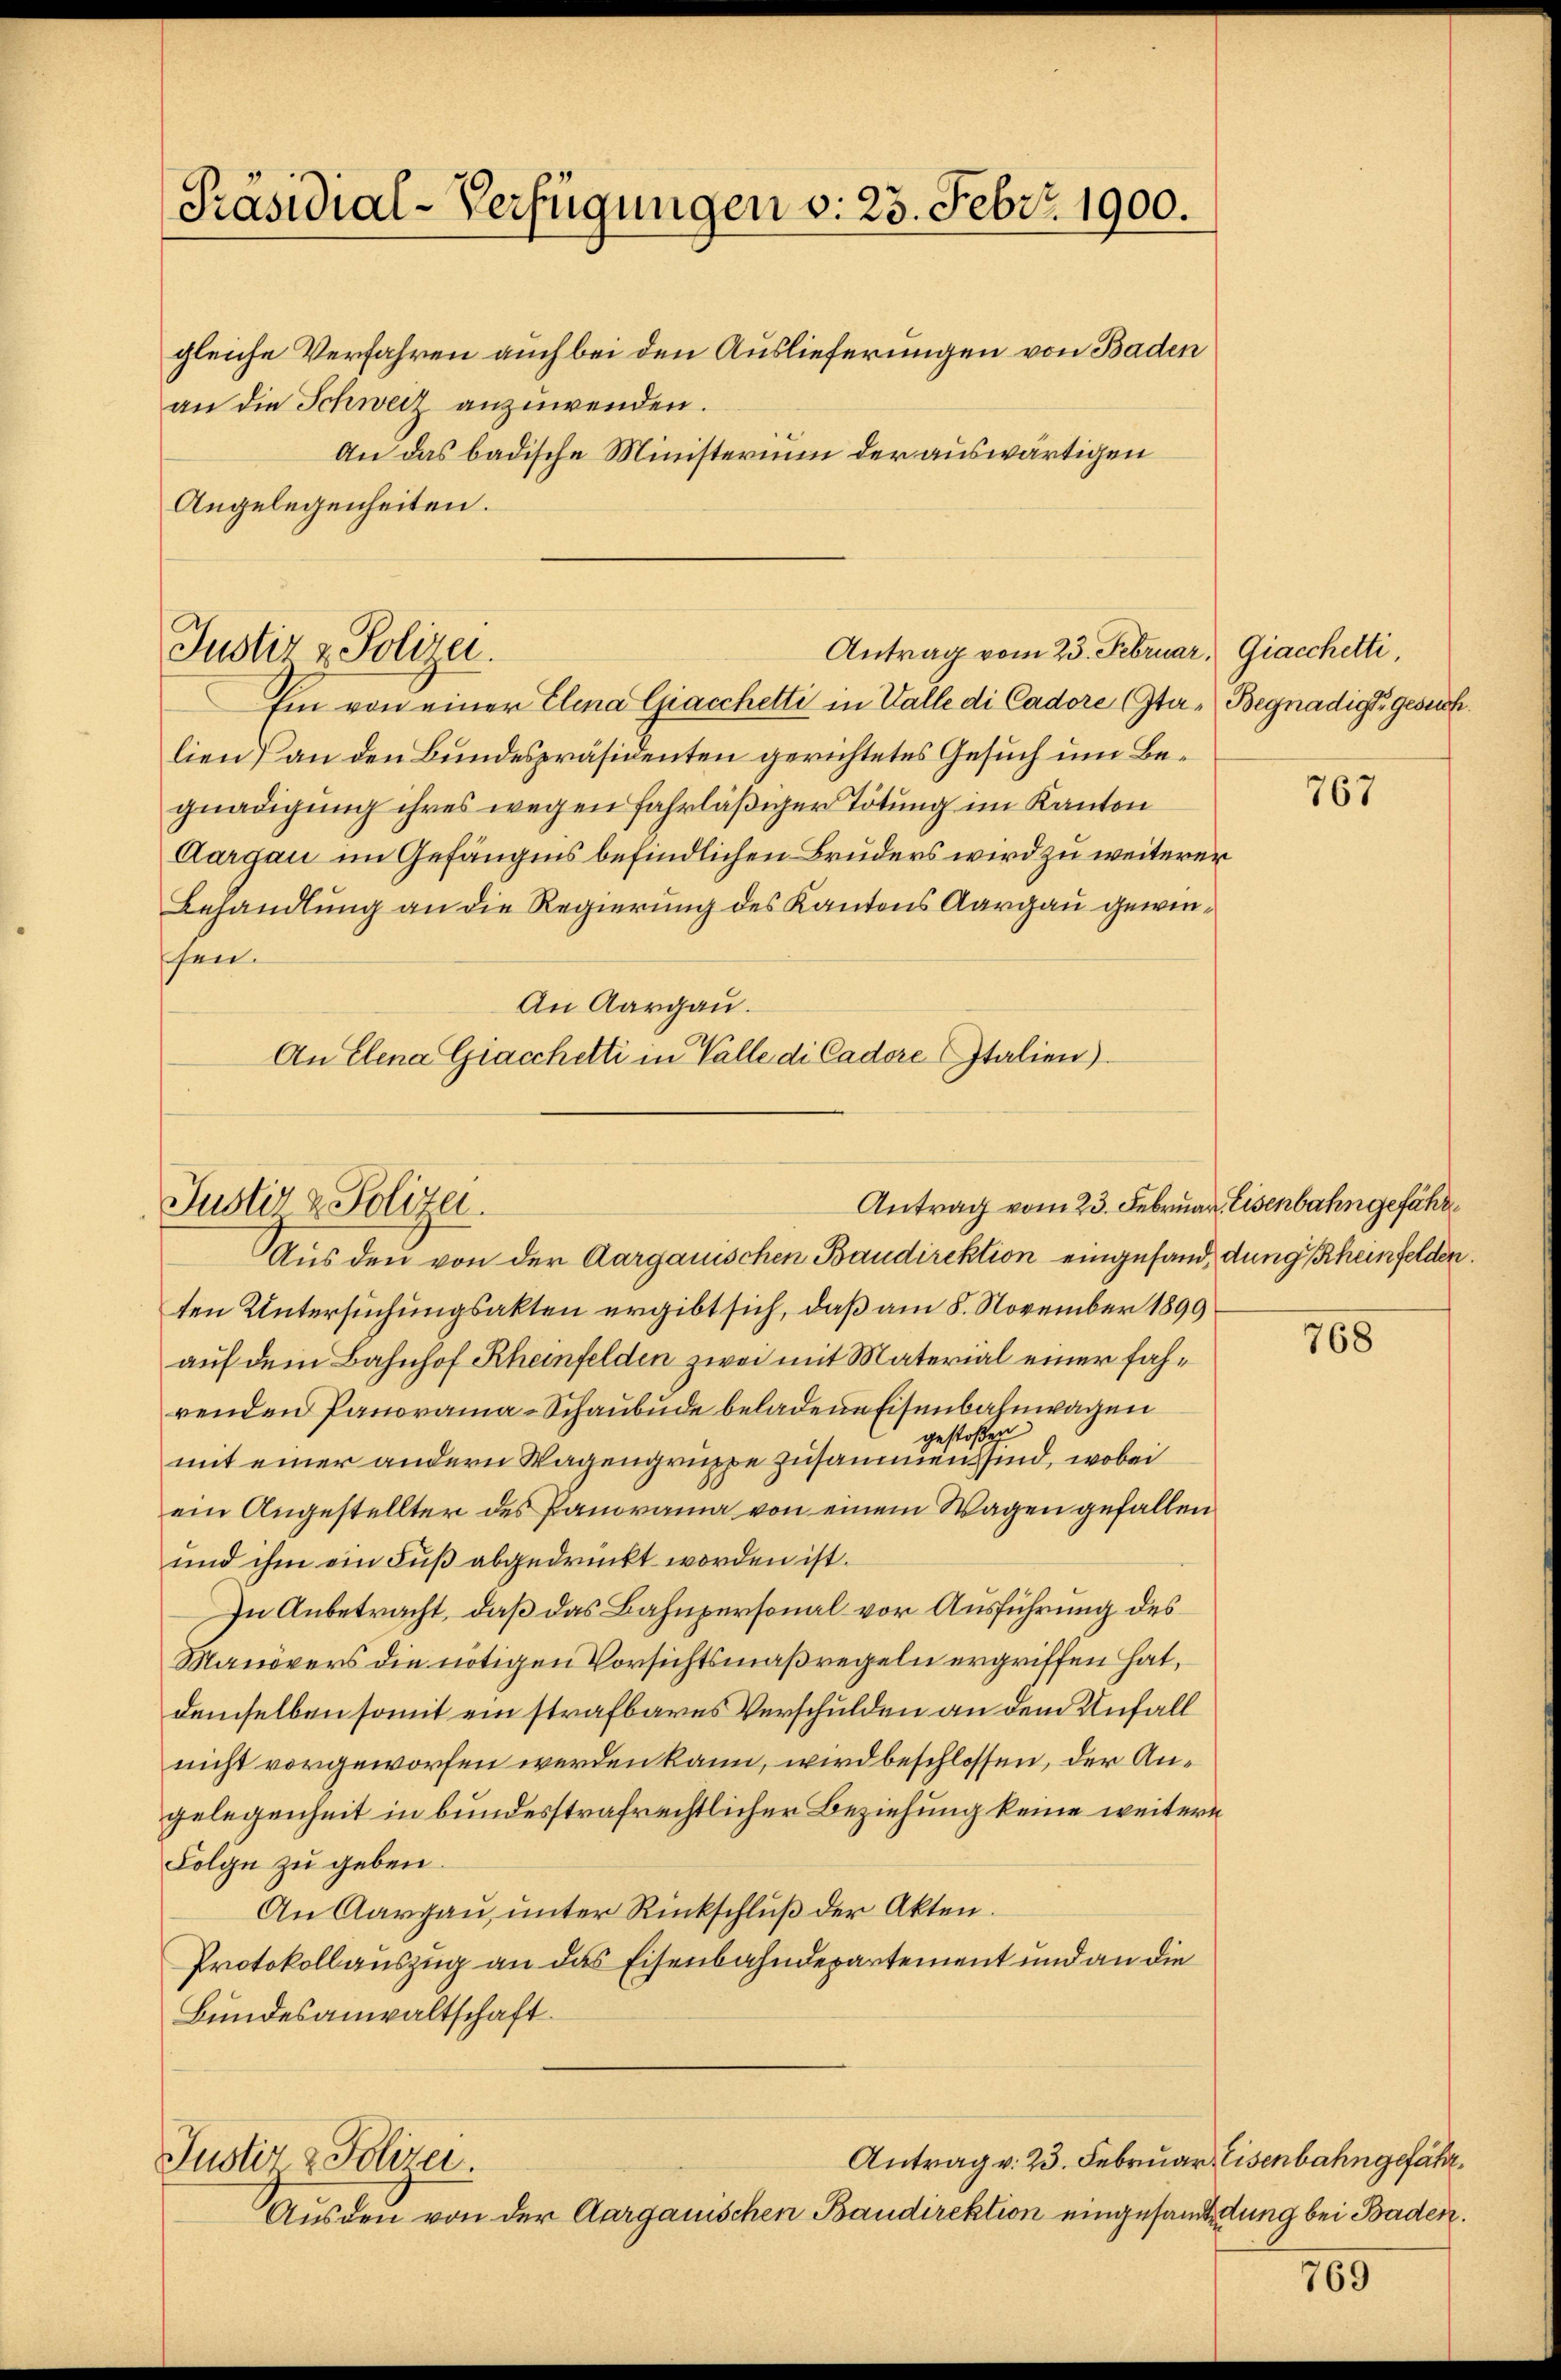
Präsidial-Verfügungen v. 23. Febr. 1900.
gleiche Verfahren auch bei den Auslieferungen von Baden
an die Schweiz anzuwenden.
An das badische Ministerium der auswärtigen
Angelegenheiten.

Antrag vom 23. Februar, Giacchetti,
Justiz & Polizei.

Ein von einer Elena Giacchetti in Walle di Cadore ta- Begnadigt gesuch.
lien) an den Bundespräsidenten gerichtetes Gesuch um Begnadigung ihres wegen fahrläßiger Tötung im Kanton
Aargau im Gefängnis befindlichen Bruders wird zu weiterer
Behandlung an die Regierung des Kantons Aargau gewinschen.
An Aargau.
An Elena Giacchetti in Valle di Cadore Italien).

Justiz & Polizei.

Justiz & Polizei

Ausden von der Aargauischen Baudirektion eingesamtetung bei Baden.

Antrag vom 23. Februar Eisenbahngefähr

Aus den von der Aargauischen Baudirektion eingefand, dung (Rheinfelden.
ten Untersuchungsakten ergibt sich, daß am 8. November 1899
auf dem Bahnhof Rheinfelden zwei mit Material einer fahrenden Panorama-Schaubude beladene Eisenbahnwagen
gestoßen
mit einer andern Wagengruppe zusammen sind, wobei
ein Angestellter des Panorama von einem Wagen gefallen
und ihm ein Fuß abgedrückt worden ist.
In Anbetracht, daß das Bahnpersonal vor Ausführung des
Manövers die nötigen Vorsichtsmaßregeln ergriffen hat,
demselben somit ein strafbares Verschulden an dem Unfall
nicht vorgeworfen werden kann, wird beschlossen, der Angelegenheit in bundesstrafrechtlicher Beziehung keine weitern
Folge zu geben.
An Aargau, unter Rückschluß der Akten.
Protokollauszug an das Eisenbahndepartement und an die
Bundesanwaltschaft

767

768

Antrag v. 23. Februar Eisenbahngefähr

769